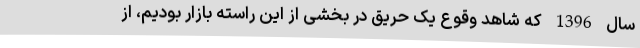
سال 1396 که شاهد وقوع یک حریق در بخشی از این راسته بازار بودیم، از